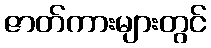
ဇာတ်ကားများတွင်